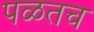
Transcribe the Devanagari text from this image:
पळतच